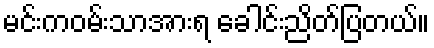
မင်းကဝမ်းသာအားရ ခေါင်းညိတ်ပြတယ်။